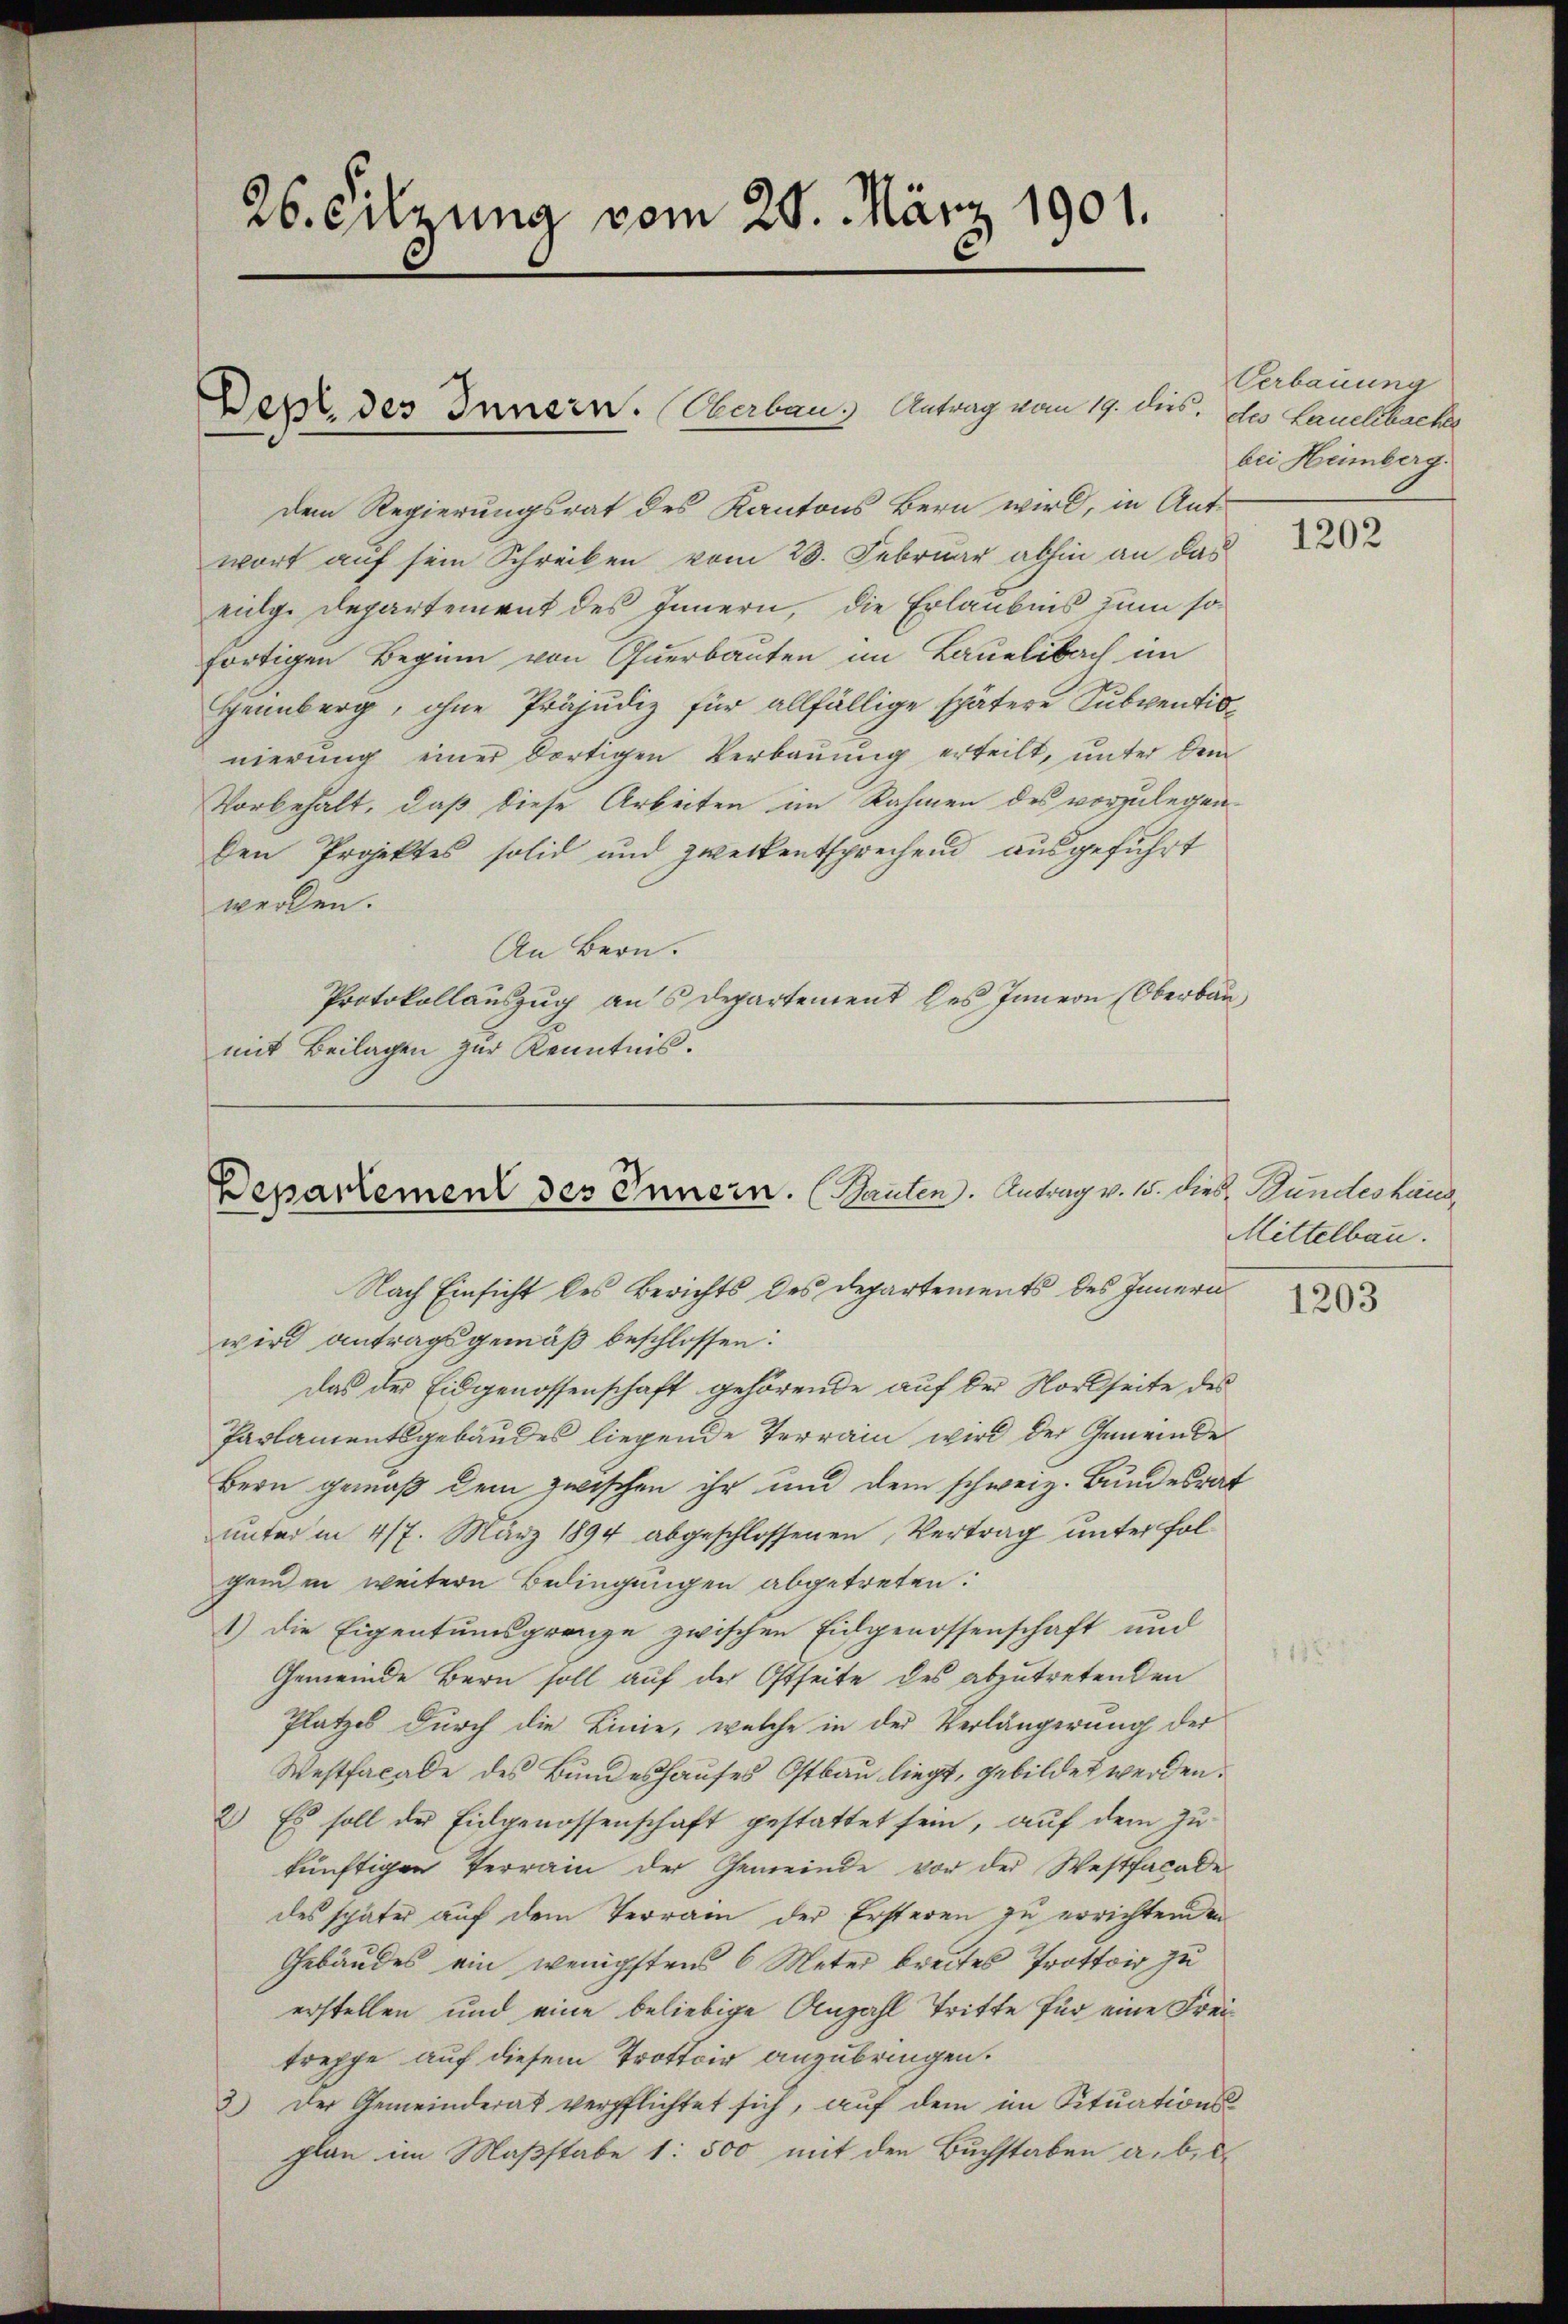
26. Sitzung vom 20. März 1901.

dem Regierungsrat des Kantons Bern wird, in Ant-
wort auf sein Schreiben vom 28. Februar abhin an das
eig. Departement des Innern, die Erlaubnis zum so
fortigen Beginn von Querbauten im Bauelibach im
Henberg, ohne Präjudiz für allfällige spätere Subventionierung einer dortigen Verbauung erteilt, unter dem
Vorbehalt, daß diese Arbeiten im Rahmen des vorzulegenden Projektes solid und zweckentsprechend ausgeführt
werden.
An Bern.
Protokollauszug an Departement des Innern (Oberbau
mit Beilagen zur Kenntnis.

Der, des Innern. Oberbau. Antrag vom 19. dies, des Landlebacke

Departement des Innern. (Bauten. Antrag v. 15. Dies Bundeshau

Nach Einsicht des Berichts des Departements des Innern
wird antragsgemäß beschlossen:
das der Eidgenossenschaft gehörende auf der Norkseite des
Parlamentsgebäudes liegende Terrain wird der Gemeinde
Bern gemäß dem zwischen ihr und dem schweiz. Bundesrat
unterm 417. März 1894 abgeschlossenen Vertrag unter folgenden weitern Bedingungen abgetreten.
1.) Die Eigentumsgrenze zwischen Eidgenossenschaft und
Gemeinde Bern soll auf der Ostseite des abzutretenden
Platzes durch die Linie, welche in der Verlängerung der
Westfacade des Bundeshauses Ostbau liegt, gebildet werden.
2) Es soll der Eidgenossenschaft gestattet sein, auf dem Zukünftigen Terrain der Gemeinde vor der Westfacadedes später auf dem Terrain der Ersteren zu errichtenden
Gebäudes ein wenigstens 6 Meter breites Prottoir zu
erstellen und eine beliebige Anzahl Tritte für eine Freitreppe auf diesem Trottoir anzubringen.
2) Der Gemeinderat verpflichtet sich, aŭf dem im Sitŭations-
plan im Maßstabe 1: 500 mit den Buchstaben a. b.

Verbauung
bei Heimberg.

1202

Mittelbau.

1203